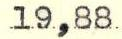
19,88